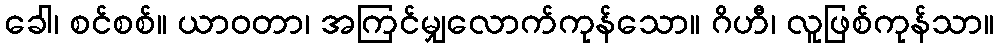
ခေါ၊ စင်စစ်။ ယာဝတာ၊ အကြင်မျှလောက်ကုန်သော။ ဂိဟီ၊ လူဖြစ်ကုန်သာ။